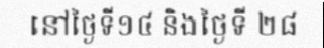
នៅថ្ងៃទី១៤ និងថ្ងៃទី ២៨